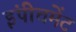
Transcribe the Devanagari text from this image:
इंपीचमेंट